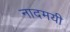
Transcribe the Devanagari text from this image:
नादमयी